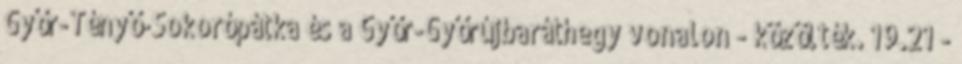
Győr-Tényő-Sokorópátka és a Győr-Győrújbaráthegy vonalon - közölték. 19.21 -